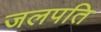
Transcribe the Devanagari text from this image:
जलपति